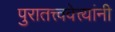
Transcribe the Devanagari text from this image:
पुरातत्त्ववेत्त्यांनी